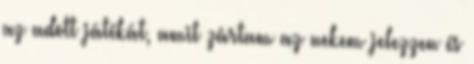
az adott játékát, amit zártam az nekem jelezzen és